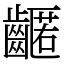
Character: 𪙛